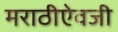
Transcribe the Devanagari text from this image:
मराठीऐवजी